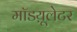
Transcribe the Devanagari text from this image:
मॉडय़ूलेटर